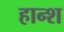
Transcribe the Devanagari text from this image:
हान्श